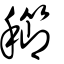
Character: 𥠈